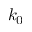
k _ { 0 }